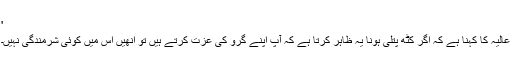
'
عالیہ کا کہنا ہے کہ اگر کٹھ پتلی ہونا یہ ظاہر کرتا ہے کہ آپ اپنے گرو کی عزت کرتے ہیں تو انھیں اس میں کوئی شرمندگی نہیں۔